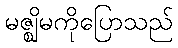
မဇ္ဈိမကိုပြောသည်